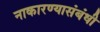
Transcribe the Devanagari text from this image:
नाकारण्यासंबंधी